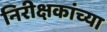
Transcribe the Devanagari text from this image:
निरीक्षकांच्या